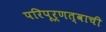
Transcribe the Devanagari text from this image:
परिपूर्णत्वाची